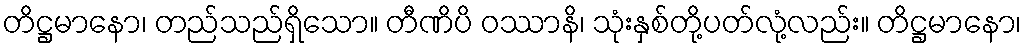
တိဋ္ဌမာနော၊ တည်သည်ရှိသော။ တီဏိပိ ဝဿာနိ၊ သုံးနှစ်တို့ပတ်လုံ့လည်း။ တိဋ္ဌမာနော၊